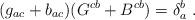
LaTeX: \begin{align*}(g_{ac}+b_{ac})(G^{cb} + B^{cb})=\delta^b_a\ .\end{align*}